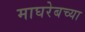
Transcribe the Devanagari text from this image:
माघरेबच्या